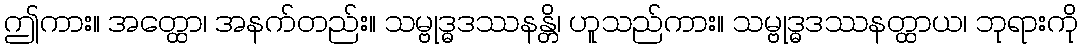
ဤကား။ အတ္ထော၊ အနက်တည်း။ သမ္ဗုဒ္ဓဒဿနန္တိ၊ ဟူသည်ကား။ သမ္ဗုဒ္ဓဒဿနတ္ထာယ၊ ဘုရားကို